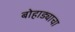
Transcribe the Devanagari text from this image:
बोहाड्याचा